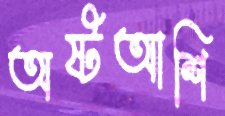
অষ্টআশি